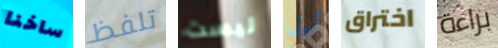
ساخنا تلفظ ليست أولى اختراق براءة